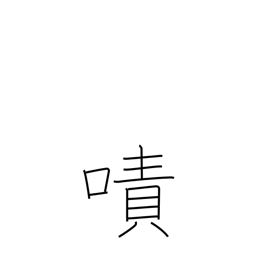
Meaning: torment